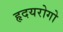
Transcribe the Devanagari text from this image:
हृदयरोगो